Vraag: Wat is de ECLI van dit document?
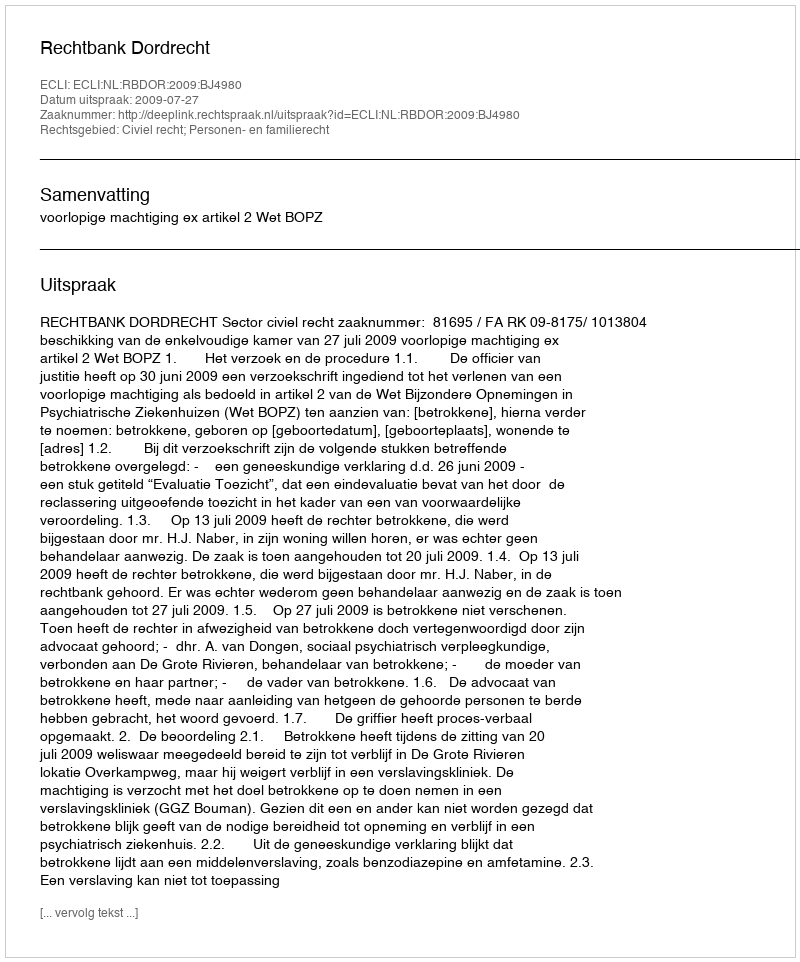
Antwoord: ECLI:NL:RBDOR:2009:BJ4980